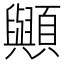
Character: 𮨠